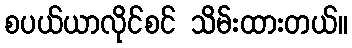
စပယ်ယာလိုင်စင် သိမ်းထားတယ်။